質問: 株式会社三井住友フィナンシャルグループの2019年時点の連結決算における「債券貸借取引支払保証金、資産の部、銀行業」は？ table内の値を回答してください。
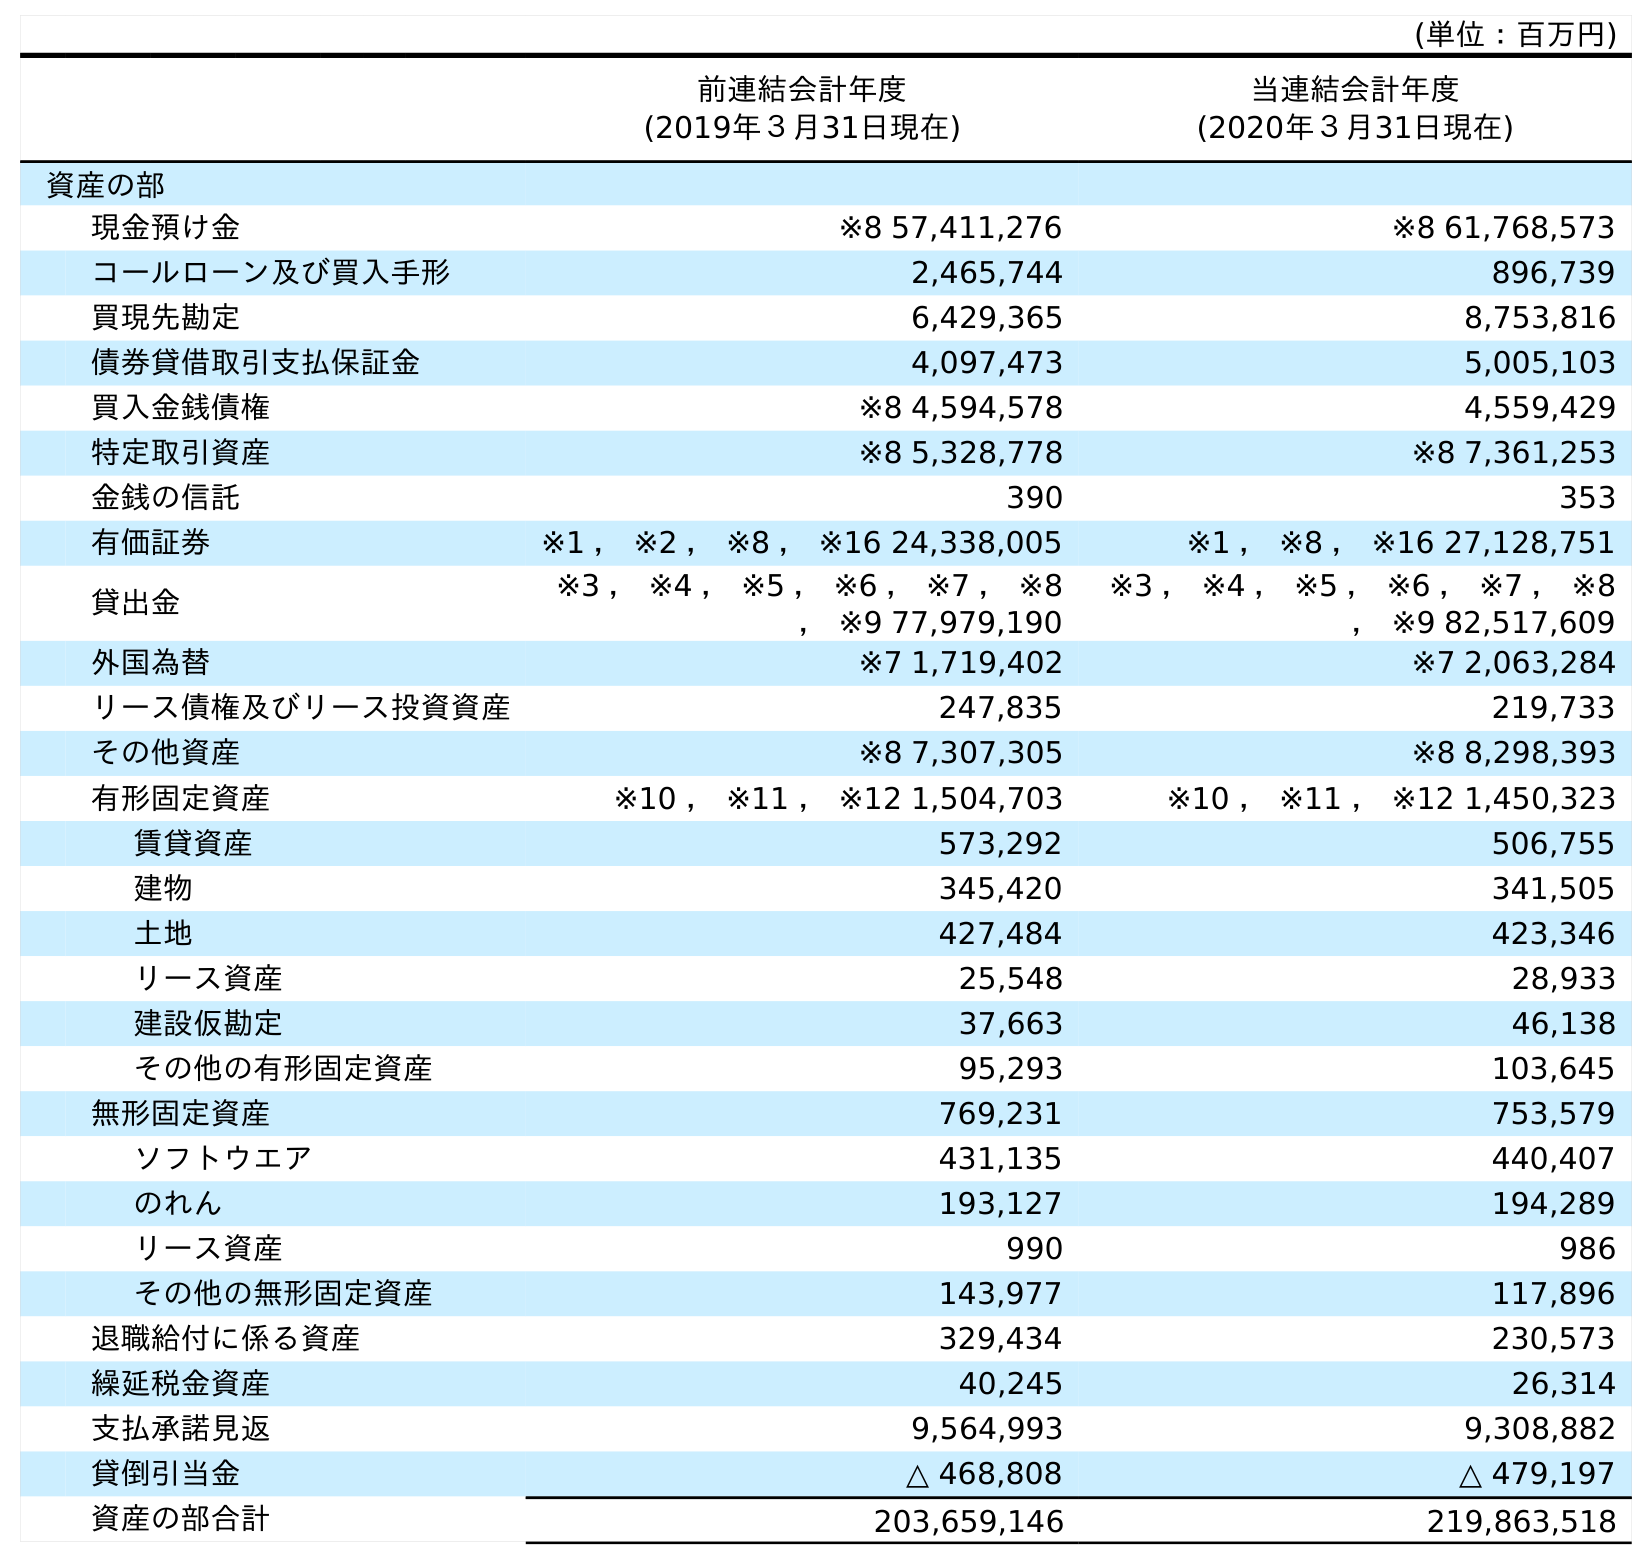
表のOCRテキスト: (単位：百万円) 前連結会計年度 (2019年３月31日現在) 当連結会計年度 (2020年３月31日現在) 資産の部 現金預け金 ※8 57,411,276 ※8 61,768,573 コールローン及び買入手形 2,465,744 896,739 買現先勘定 6,429,365 8,753,816 債券貸借取引支払保証金 4,097,473 5,005,103 買入金銭債権 ※8 4,594,578 4,559,429 特定取引資産 ※8 5,328,778 ※8 7,361,253 金銭の信託 390 353 有価証券 ※1 ， ※2 ， ※8 ， ※16 24,338,005 ※1 ， ※8 ， ※16 27,128,751 貸出金 ※3 ， ※4 ， ※5 ， ※6 ， ※7 ， ※8 ， ※9 77,979,190 ※3 ， ※4 ， ※5 ， ※6 ， ※7 ， ※8 ， ※9 82,517,609 外国為替 ※7 1,719,402 ※7 2,063,284 リース債権及びリース投資資産 247,835 219,733 その他資産 ※8 7,307,305 ※8 8,298,393 有形固定資産 ※10 ， ※11 ， ※12 1,504,703 ※10 ， ※11 ， ※12 1,450,323 賃貸資産 573,292 506,755 建物 345,420 341,505 土地 427,484 423,346 リース資産 25,548 28,933 建設仮勘定 37,663 46,138 その他の有形固定資産 95,293 103,645 無形固定資産 769,231 753,579 ソフトウエア 431,135 440,407 のれん 193,127 194,289 リース資産 990 986 その他の無形固定資産 143,977 117,896 退職給付に係る資産 329,434 230,573 繰延税金資産 40,245 26,314 支払承諾見返 9,564,993 9,308,882 貸倒引当金 △ 468,808 △ 479,197 資産の部合計 203,659,146 219,863,518
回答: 4,097,473